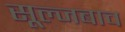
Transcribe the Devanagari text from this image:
सूल्जबाच